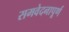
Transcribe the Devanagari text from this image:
समवेदनापूर्ण